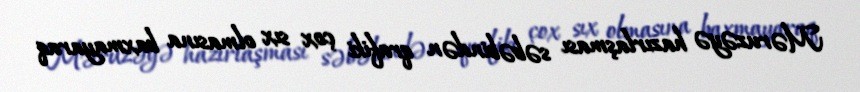
Məruzəyə hazırlaşması səbəbindən qrafiki çox sıx olmasına baxmayaraq